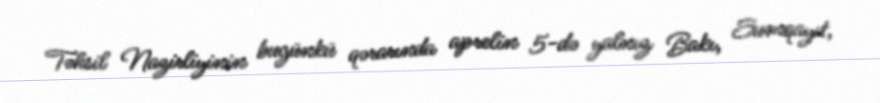
Təhsil Nazirliyinin bugünkü qərarında aprelin 5-də yalnız Bakı, Sumqayıt,